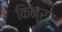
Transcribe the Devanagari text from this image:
किन्रर